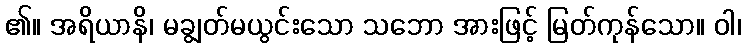
၏။ အရိယာနိ၊ မချွတ်မယွင်းသော သဘော အားဖြင့် မြတ်ကုန်သော။ ဝါ၊